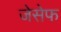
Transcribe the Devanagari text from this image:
जेसेफ